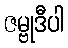
ဇမ္ဗုဒီပါ